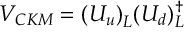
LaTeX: V _ { C K M } = ( U _ { u } ) _ { L } ^ { \phantom { \dagger } } ( U _ { d } ) _ { L } ^ { \dagger }